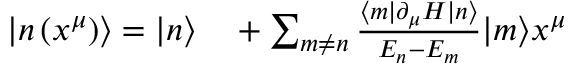
\begin{array} { r l } { \left| n \left( x ^ { \mu } \right) \right\rangle = | n \rangle } & { { } + \sum _ { m \neq n } { \frac { \langle m | \partial _ { \mu } H | n \rangle } { E _ { n } - E _ { m } } } | m \rangle x ^ { \mu } } \end{array}